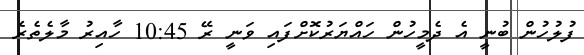
ފުލުހުން ބުނީ އެ ދެމީހުން ހައްޔަރުކޮށްފައި ވަނީ ރޭ 10:45 ހާއިރު މާލެތެރެ